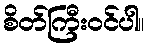
စိတ်ကြီးဝင်ပါ။